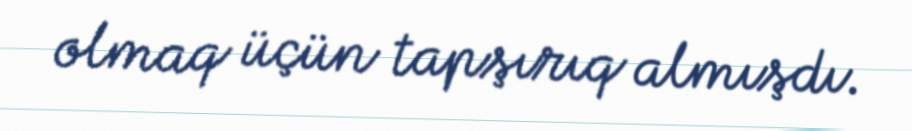
olmaq üçün tapşırıq almışdı.